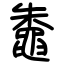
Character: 鼄